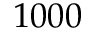
1 0 0 0